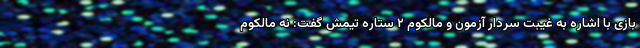
بازی با اشاره به غیبت سردار آزمون و مالکوم ۲ ستاره تیمش گفت: نه مالکوم